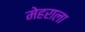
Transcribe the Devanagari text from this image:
मेहराला